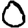
Digit: 0